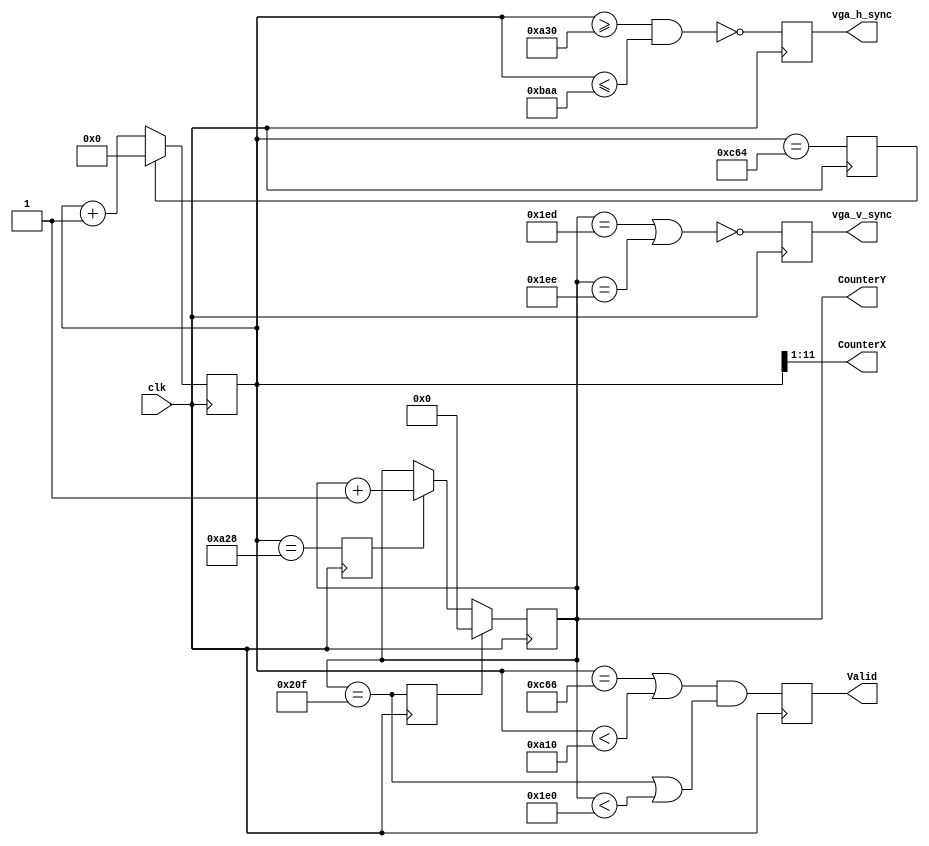
//=============================================================================
// This implementation supports display control signals on a 100MHz clock
//=============================================================================
module sync_gen100 (clk, CounterX, CounterY, Valid, vga_h_sync, vga_v_sync);

	input clk;

	// Valid - asserted when visible rectangle is being drawn.
	output Valid, vga_h_sync, vga_v_sync;
	// CounterY[9:0]  - current pixel's Yposition. [0...479 ]
	output [9:0] CounterY;
	// CounterX[10:0] - current pixel's Xposition. [0...1287]
	output [10:0] CounterX;
        
	reg [9:0] CounterY;
	reg [11:0] CounterX_2;
    	reg ResetCntX, EnableCntY, ResetCntY;
	reg Valid, vga_h_sync, vga_v_sync;    

     // In order to maintain backwards compatability from previous designs 
	// so only use 10 bits
     assign CounterX = CounterX_2[11:1];

	// Counters, they hold the indices of the current pixel
	always @ (posedge clk)
		begin
			if (ResetCntX)
				CounterX_2[11:0] <= 11'b0;
			else
				CounterX_2[11:0] <= CounterX_2[11:0] + 1;

			if (ResetCntY)
				CounterY[9:0] <= 10'b0;
			else
				if (EnableCntY)
					CounterY[9:0] <= CounterY + 1;
				else
					CounterY[9:0] <= CounterY[9:0];	
		end

	// Synchronizer controller. Go across the screen in raster fashion.    
	always @(posedge clk )
       	begin	
              	ResetCntX  <= (CounterX_2[11:0] == 3172 /*1586*/); 
              	EnableCntY <= (CounterX_2[11:0] == 2600 /*1300*/); 
              	ResetCntY  <= (CounterY[9:0] == 527);
		end

	// Signal synchronizer
	always @(posedge clk)
		begin
			vga_h_sync <= ~((CounterX_2[11:0] >= 2608 /*1304*/ ) && (CounterX_2[11:0] <= 2986 /*1493*/));
			vga_v_sync <= ~((CounterY[9:0] == 493) || (CounterY[9:0]  == 494 ));
			Valid 	 <=  (((CounterX_2 == 3174 /*1587*/) || (CounterX_2 < 2576 /*1288*/)) &&
                		     ((CounterY ==  527) || (CounterY < 480 )) );
		end

endmodule